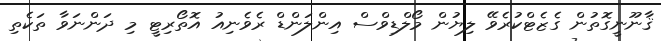
ޤާނޫނީގޮތުން ގެޒެޓްކުރެވޭ ލިޔުން މޯލްޑިވްސް އިންލަންޑް ރެވެނިއު އޮތޯރިޓީ މި ދަންނަވާ ތަކެތި